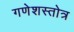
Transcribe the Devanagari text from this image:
गणेशस्तोत्र